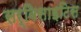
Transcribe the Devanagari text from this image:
सर्विसाइटिस